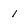
Character: 1